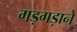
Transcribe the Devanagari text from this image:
गड़गड़ाने